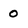
Character: 0